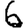
Digit: 6